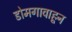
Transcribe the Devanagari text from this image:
डोमगावाहून